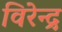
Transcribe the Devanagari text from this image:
विरेन्‍द्र